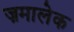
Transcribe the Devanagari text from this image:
ज़मालेक